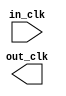
module interlaken_phy_clock_bridge_0 (
		input  wire  in_clk,  //  in_clk.clk
		output wire  out_clk  // out_clk.clk
	);
endmodule